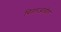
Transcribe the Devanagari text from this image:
चितारआळीत